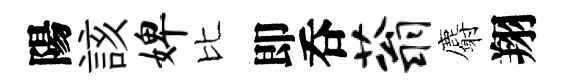
陽該婢比即呑蓊麝翔